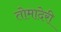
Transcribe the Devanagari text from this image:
तोमादेरी